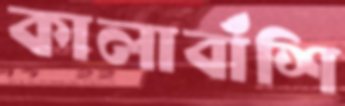
কালাবাঁশি